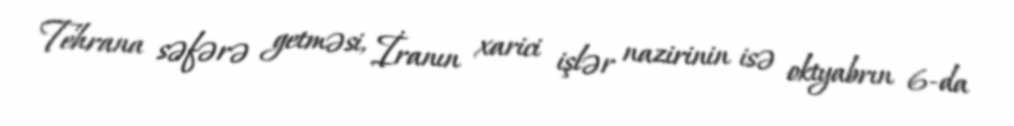
Tehrana səfərə getməsi, İranın xarici işlər nazirinin isə oktyabrın 6-da